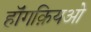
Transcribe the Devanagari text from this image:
हॉंगक़ियओ